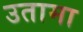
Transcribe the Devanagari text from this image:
उतामा